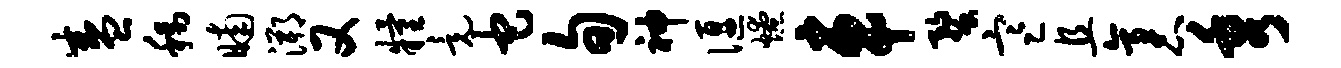
盛称晡溯又粮竟它旬神偃燎车蝥寒且袤秀